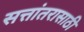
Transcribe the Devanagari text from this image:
सत्तांतरासाठी